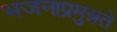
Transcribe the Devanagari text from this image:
भजनाप्रमुन्नते